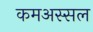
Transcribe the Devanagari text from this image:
कमअस्सल